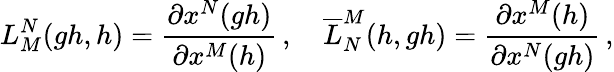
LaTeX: L_{M}^{N}(gh,h)=\frac{\partial x^{N}(gh)}{\partial x^{M}(h)}\, ,\quad\overline{{{L}}}_{N}^{M}(h,gh)=\frac{\partial x^{M}(h)}{\partial x^{N}(gh)}\, ,